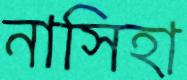
নাসিহা